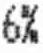
6%